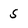
Character: 5